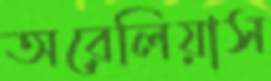
অরেলিয়াস